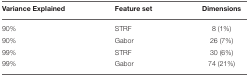
<table><thead><tr><td><b>Variance Explained</b></td><td><b>Feature set</b></td><td><b>Dimensions</b></td></tr></thead><tbody><tr><td>90%</td><td>STRF</td><td>8 (1%)</td></tr><tr><td>90%</td><td>Gabor</td><td>26 (7%)</td></tr><tr><td>99%</td><td>STRF</td><td>30 (6%)</td></tr><tr><td>99%</td><td>Gabor</td><td>74 (21%)</td></tr></tbody></table>